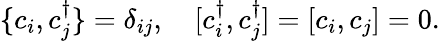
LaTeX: \{ c_{i},c_{j}^{\dagger}\} =\delta_{ij},\quad[c_{i}^{\dagger},c_{j}^{\dagger}]=[c_{i},c_{j}]=0.